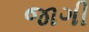
જાગી